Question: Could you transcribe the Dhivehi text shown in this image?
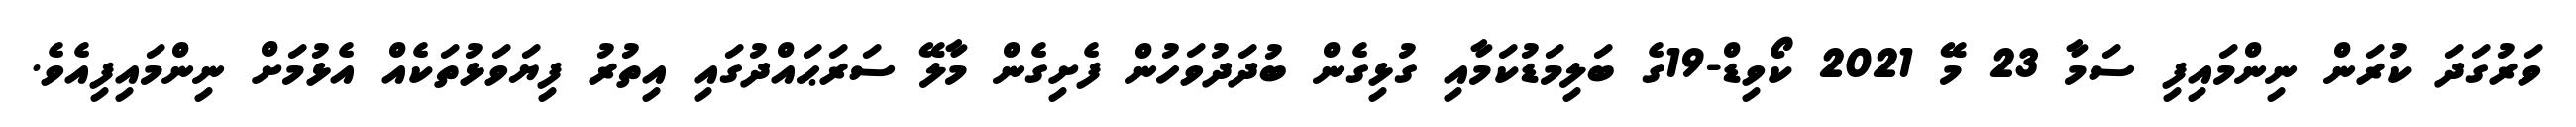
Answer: ވަރުގަދަ ކުރަން ނިންމައިފި ސަމާ 23 މޭ 2021 ކޯވިޑް-19ގެ ބަލިމަޑުކަމާއި ގުޅިގެން ބުދަދުވަހުން ފެށިގެން މާލޭ ސަރަޙައްދުގައި އިތުރު ފިޔަވަޅުތަކެއް އެޅުމަށް ނިންމައިފިއެވެ.